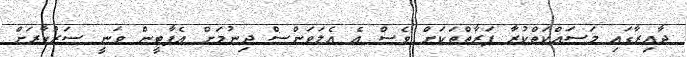
ދާއިރާގައި މަސައްކަތްކުރާ ފަރާތްތަކަށް ވެސް އެ އެލަވަންސް ދިނުމަށް އެޕާޓީން ވަނީ ސަރުކާރަށް